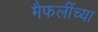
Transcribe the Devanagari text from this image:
मैफलींच्या